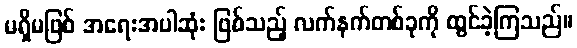
မရှိမဖြစ် အရေးအပါဆုံး ဖြစ်သည့် လက်နက်တစ်ခုကို ထွင်ခဲ့ကြသည်။